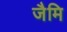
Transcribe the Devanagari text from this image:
जैमि